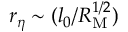
r _ { \eta } \sim ( l _ { 0 } / R _ { \mathrm { M } } ^ { 1 / 2 } )